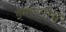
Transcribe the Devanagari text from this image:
इमारतीचें